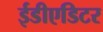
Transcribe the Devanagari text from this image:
ईडीएडिटर